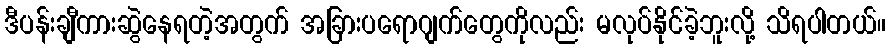
ဒီပန်းချီကားဆွဲနေရတဲ့အတွက် အခြားပရောဂျက်တွေကိုလည်း မလုပ်နိုင်ခဲ့ဘူးလို့ သိရပါတယ်။